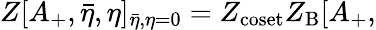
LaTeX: Z[A_{+},{\bar{\eta}},\eta]_{\bar{\eta},\eta=0}=Z_{\mathrm{coset}}Z_{\mathrm{B}}[A_{+},